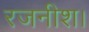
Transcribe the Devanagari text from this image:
रजनीश।